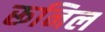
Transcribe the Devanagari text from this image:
रूनिल